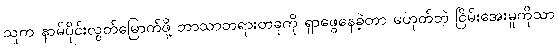
သူက နာမ်ပိုင်းလွတ်မြောက်ဖို့ ဘာသာတရားတခုကို ရှာဖွေနေခဲ့တာ မဟုတ်ဘဲ ငြိမ်းအေးမှုကိုသာ